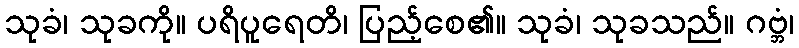
သုခံ၊ သုခကို။ ပရိပူရေတိ၊ ပြည့်စေ၏။ သုခံ၊ သုခသည်။ ဂဗ္ဘံ၊